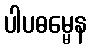
ပါပဓမ္မေန